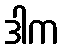
ဒါက